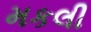
મકલી